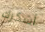
أشكرك